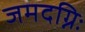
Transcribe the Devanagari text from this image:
जमदग्निः